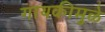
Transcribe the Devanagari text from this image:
गायकीमुळे